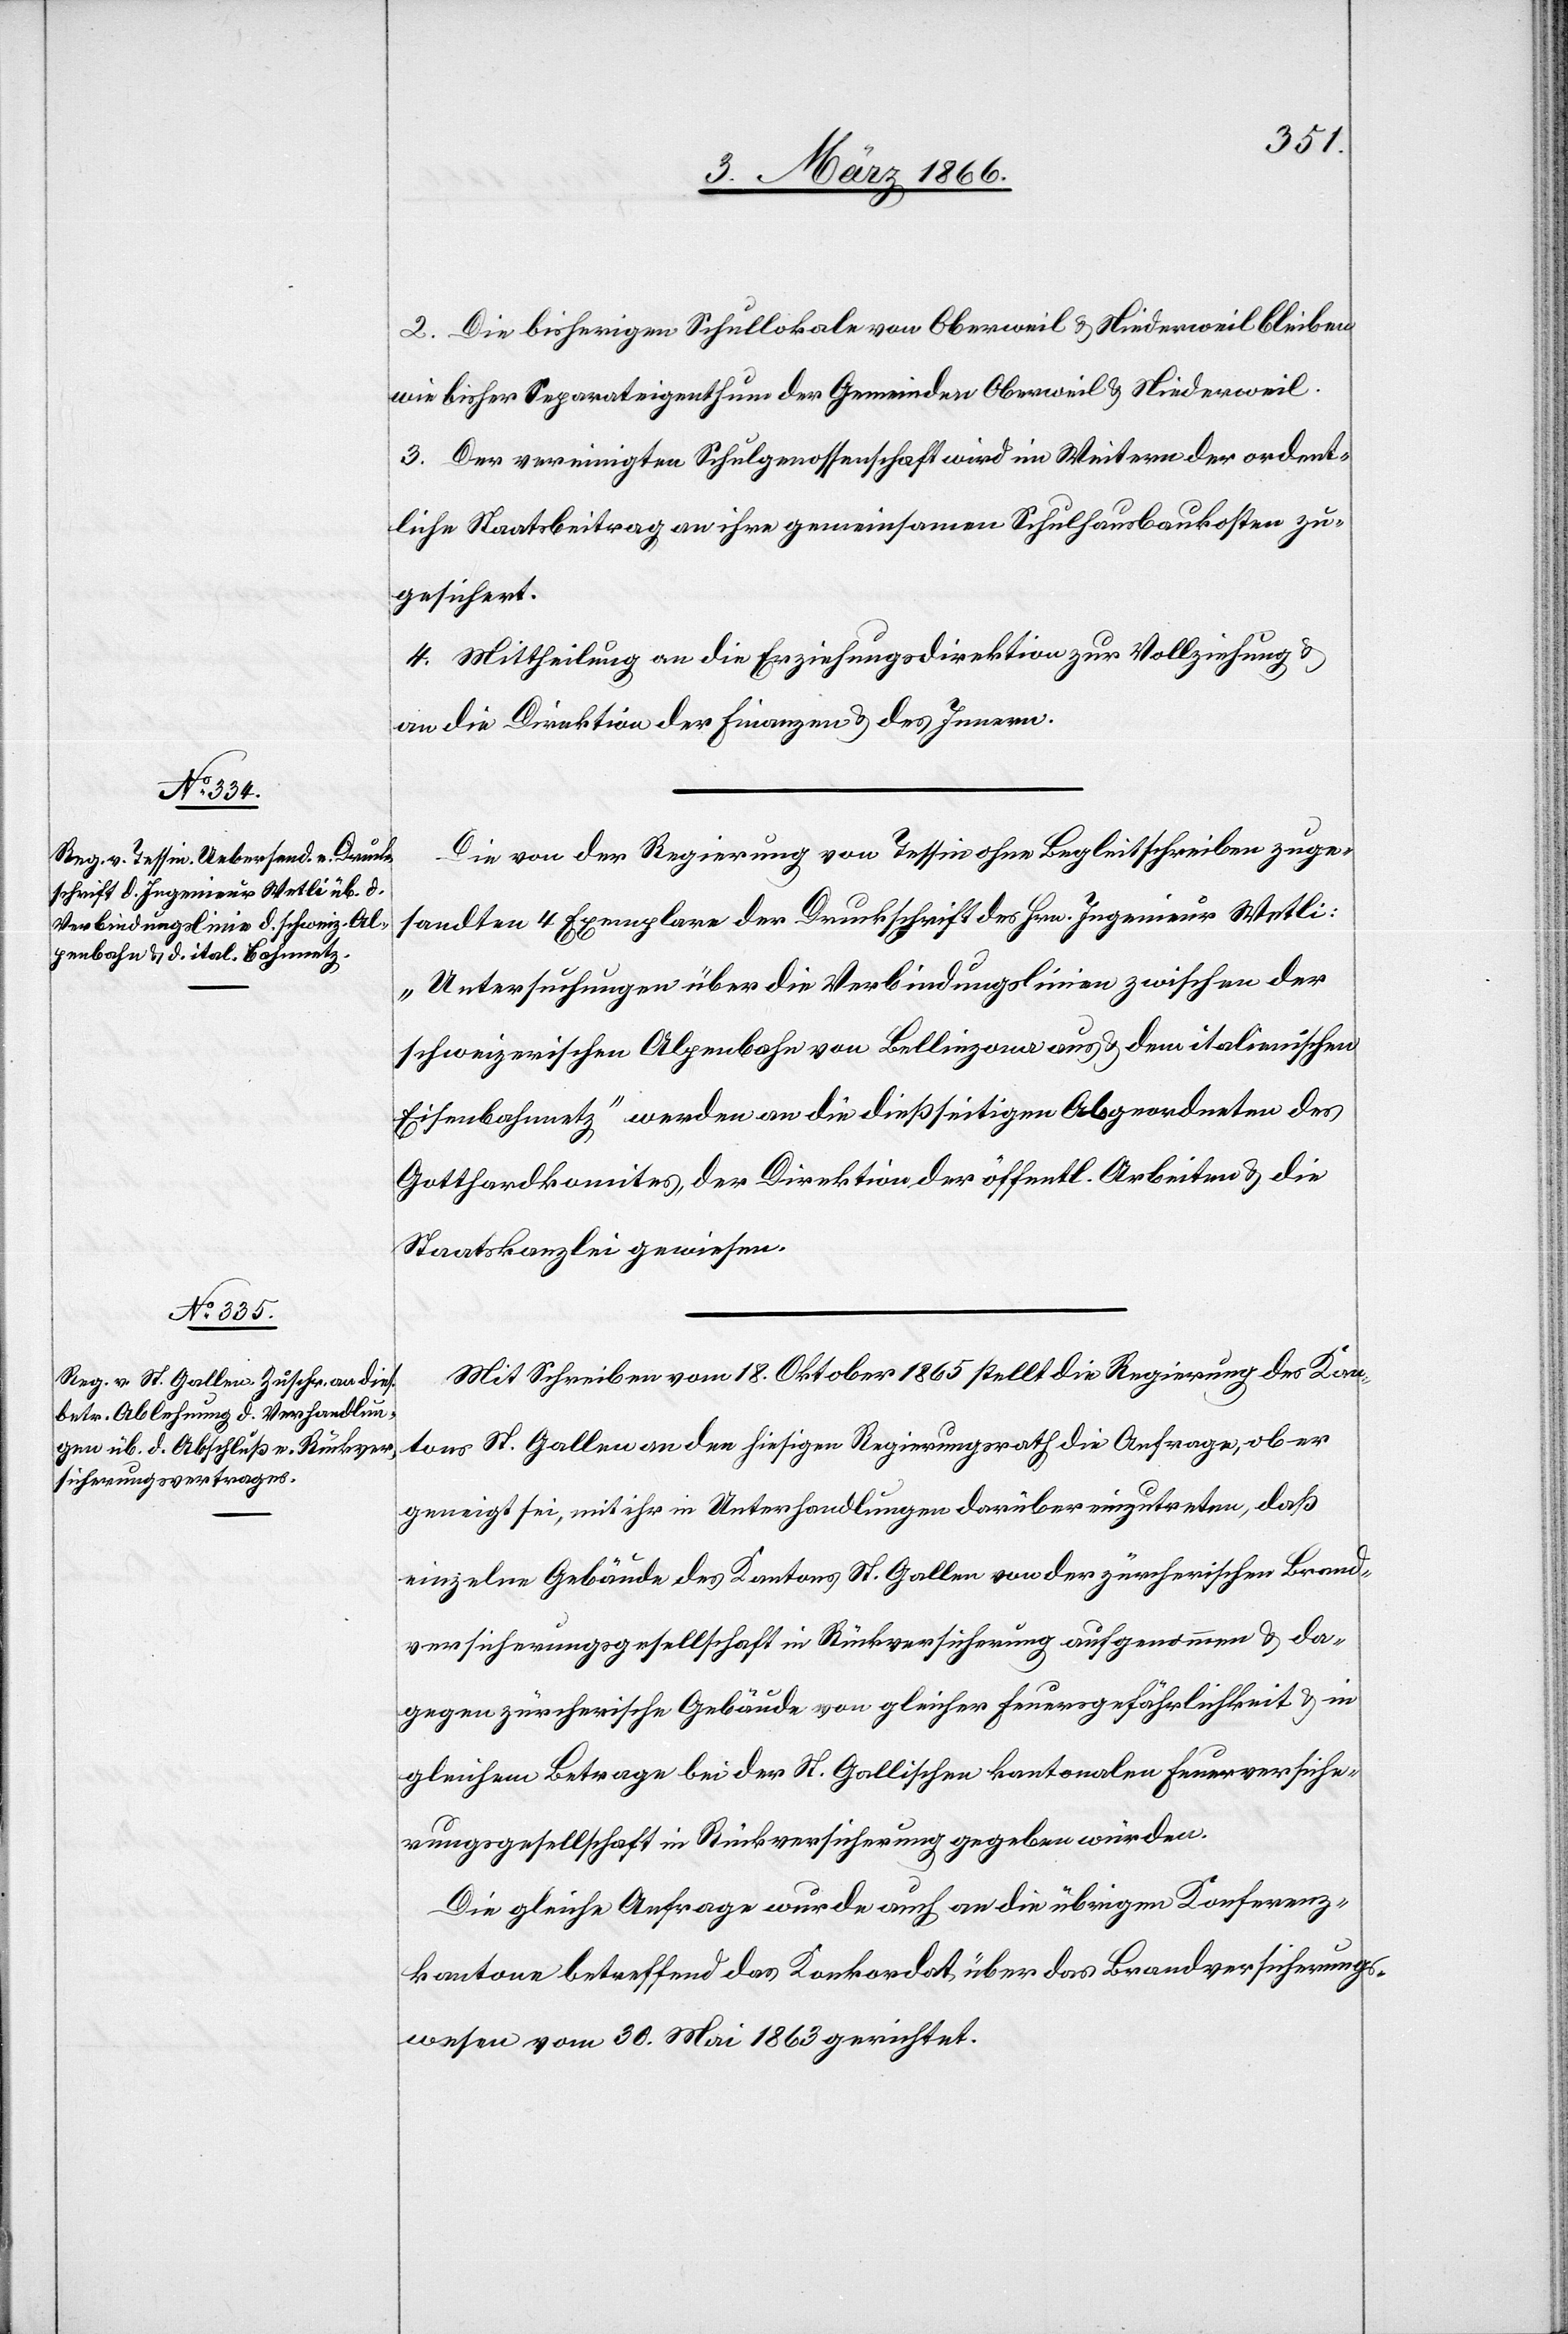
2. Die bisherigen Schullokale von Oberweil u. Niederweil bleiben
wie bisher Separateigenthum der Gemeinden Oberweil u. Niederweil.
3. Der vereinigten Schulgenossenschaft wird im Weitern der ordent¬
liche Staatsbeitrag an ihre gemeinsamen Schulhausbaukosten zu¬
gesichert.
4. Mittheilung an die Erziehungsdirektion zur Vollziehung u.
an die Direktion der Finanzen u. des Innern.
Die von der Regierung von Tessin ohne Begleitschreiben zuge¬
sandten 4 Exemplare der Druckschrift des Hrn. Ingenieur Wetli:
„Untersuchungen über die Verbindungslinien zwischen der
schweizerischen Alpenbahn von Bellinzona aus u. dem italienischen
Eisenbahnnetz“ werden an die dießseitigen Abgeordneten des
Gotthardkomites, der Direktion der öffentl. Arbeiten u. die
Staatskanzlei gewiesen.
Mit Schreiben vom 18. Oktober 1865 stellt die Regierung des Kan¬
tons St. Gallen an den hiesigen Regierungsrath die Anfrage, ob er
geneigt sei, mit ihr in Unterhandlungen darüber einzutreten, daß
einzelne Gebäude des Kantons St. Gallen von der zürcherischen Brand¬
versicherungsgesellschaft in Rückversicherung aufgenommen u. da¬
gegen zürcherische Gebäude von gleicher Feuergefährlichkeit u. in
gleichem Betrage bei der St. Gallischen kantonalen Feuerversiche¬
rungsgesellschaft in Rückversicherung gegeben würden
Die gleiche Anfrage wurde auch an die übrigen Konferenz¬
kantone betreffend das Konkordat über das Brandversicherungs¬
wesen vom 30. Mai 1863 gerichtet.